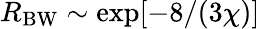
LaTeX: R_{\mathrm{BW}}\sim\exp[-8/(3\chi)]